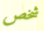
شخص